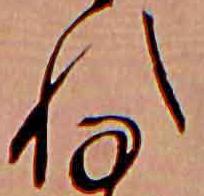
れ